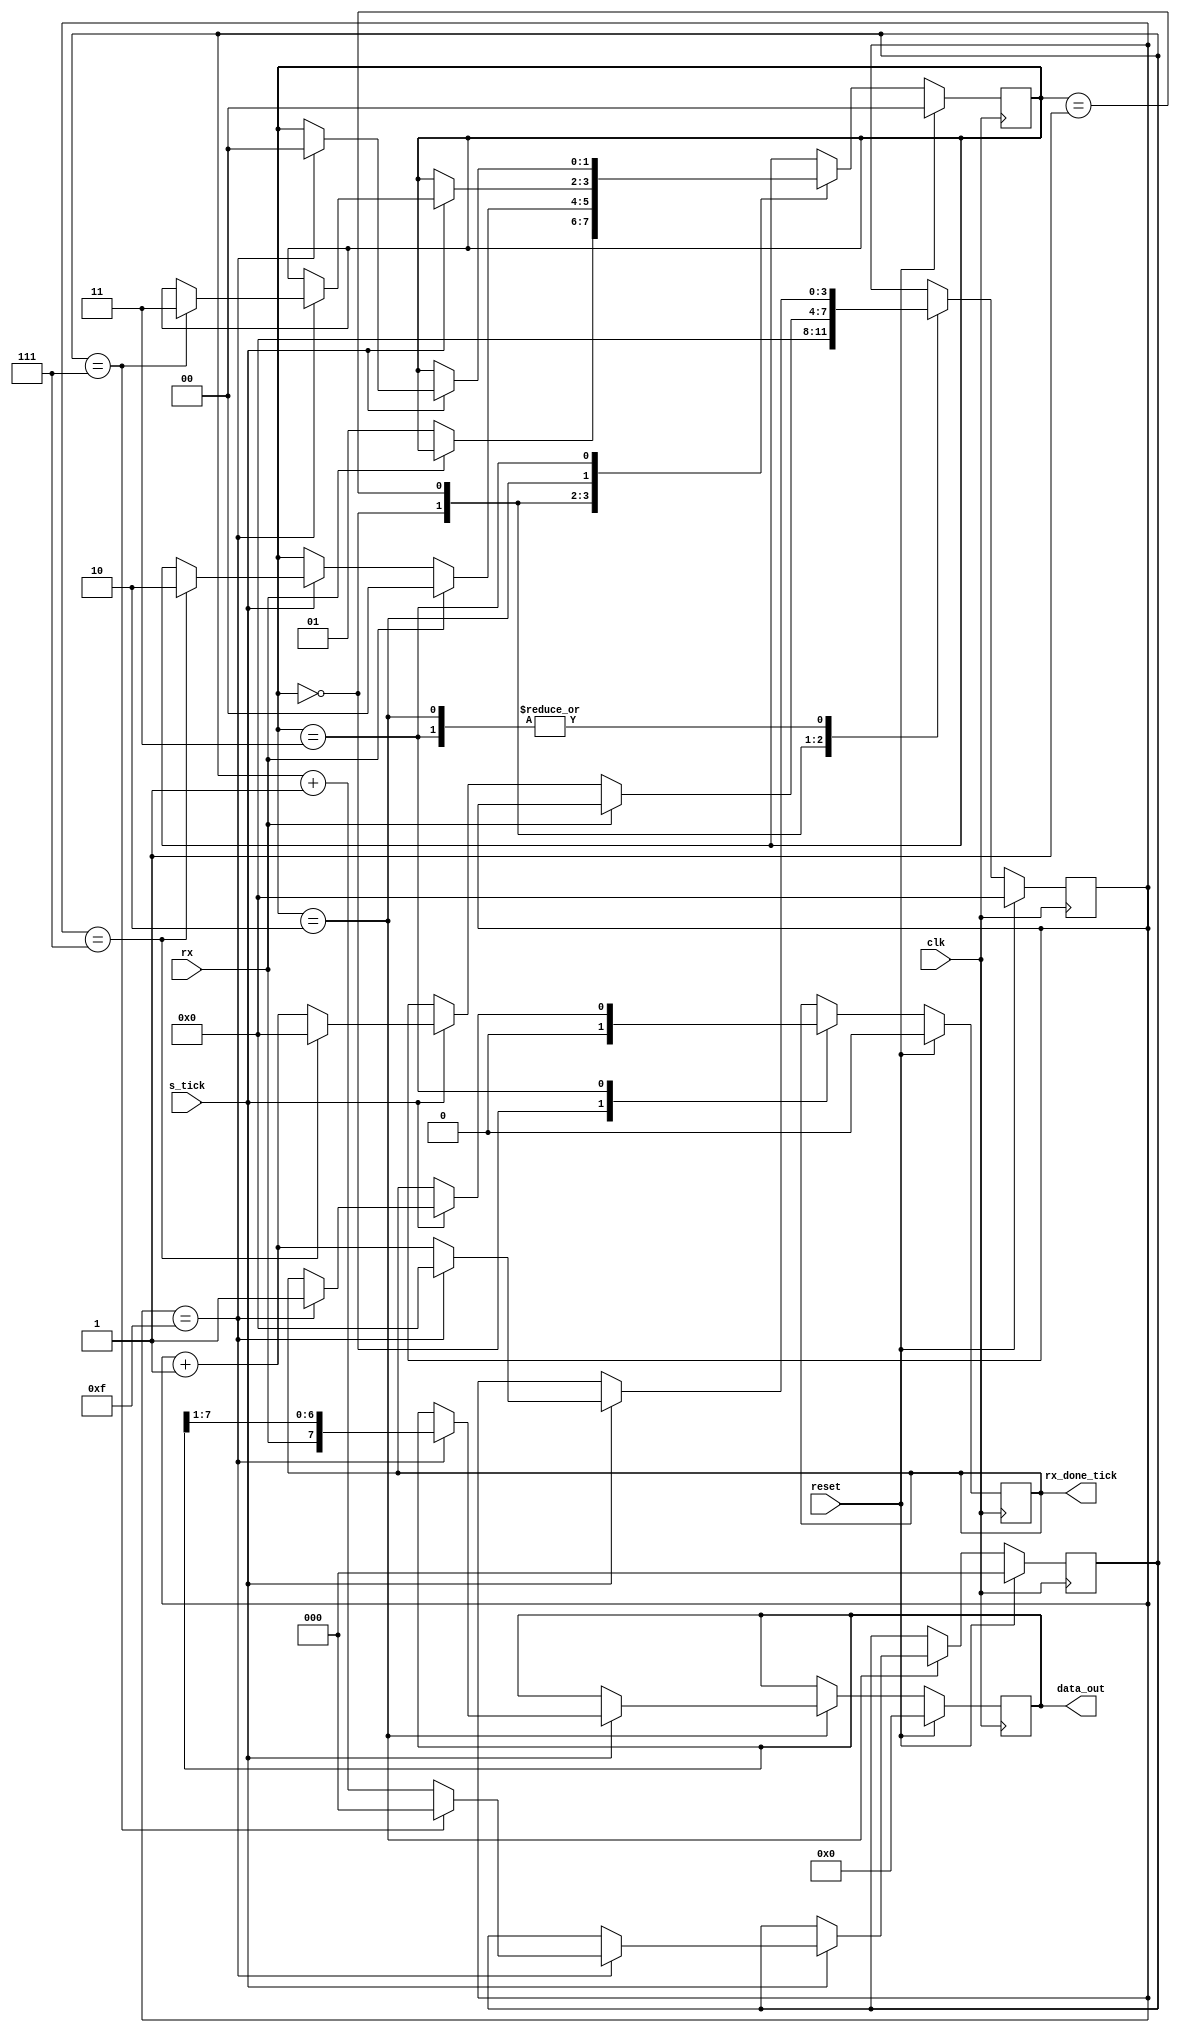
module uart_rx
    #(
        parameter DBIT = 8,           // # data bits
                  S_TICK_LIM = 16,    // # ticks for bits
		  STOP_BITS_LIM = 16  // # ticks for stop bits (One bit=16, 1.5 bit=24 Two bit=32)
    )
    
    (
    input wire clk, reset, rx, s_tick,
    output reg rx_done_tick = 1'b0,
    output reg [7:0] data_out = 8'b0
    );
    
    // symbolic state declaration
    localparam [1:0] idle = 2'b00,
                     start = 2'b01,
                     data = 2'b10,
                     stop = 2'b11;
    
	reg [1:0] state = idle;
	reg [2:0] bit_counter = 3'b0;
	reg [3:0] s_tick_counter = 4'b0;
	//reg [7:0] tx_data_reg = 8'b0;
    
	always@ (posedge clk) begin
	
		if (reset) begin
		
			rx_done_tick <= 1'b0;			
			s_tick_counter <= 4'b0;
			bit_counter <= 3'b0;
			data_out <= 8'b0;
			state <= idle;			
			
		end
		else begin
		
			case (state)
			
				idle: begin
					rx_done_tick <= 1'b0;
					s_tick_counter <= 4'b0;
					if (~rx) begin
						state <= start;						
					end
				end
				
				start: begin
					if (~rx) begin
						if (s_tick) begin
							if (s_tick_counter == (S_TICK_LIM / 2) - 1) begin
								s_tick_counter <= 4'b0;
								state <= data;
							end
							else
								s_tick_counter <= s_tick_counter + 1;
						end
					end
					else begin
						state <= idle;
					end
				end
				
				data: begin
					if (s_tick) begin						
						if (s_tick_counter == S_TICK_LIM - 1) begin
							s_tick_counter <= 4'b0;
							data_out <= {rx, data_out[7:1]};
							if (bit_counter == DBIT - 1) begin
								bit_counter <= 3'b0;
								state <= stop;
							end
							else
								bit_counter <= bit_counter + 1;
						end	
						else
							s_tick_counter <= s_tick_counter + 1;
					end	
				end
				
				stop: begin
					if (s_tick) begin
						if (s_tick_counter == STOP_BITS_LIM - 1) begin
							s_tick_counter <= 4'b0;
							rx_done_tick <= 1'b1;
							state <= idle;
						end
						else
							s_tick_counter <= s_tick_counter + 1;
					end
				end
				
			endcase
			
		end
	
	end

endmodule